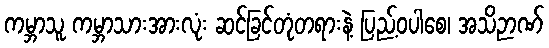
ကမ္ဘာသူ ကမ္ဘာသားအားလုံး ဆင်ခြင်တုံတရားနဲ့ ပြည့်ဝပါစေ၊ အသိဉာဏ်